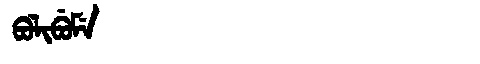
Manchu: ᠪᠣᠯᡳᠪᡠᠮᡝ
Romanization: BOLIBUME